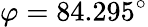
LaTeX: \varphi=84.295^{\circ}